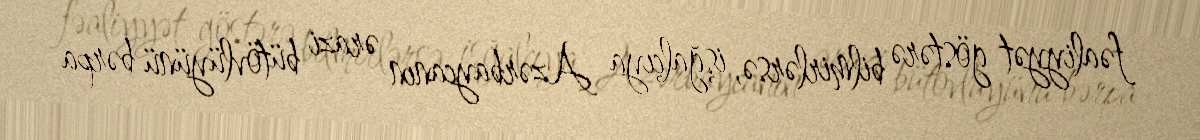
fəaliyyət göstərə bilmirlərsə, işğalçıya Azərbaycanın ərazi bütövlüyünü bərpa